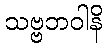
သဗ္ဗဘဝါနိ